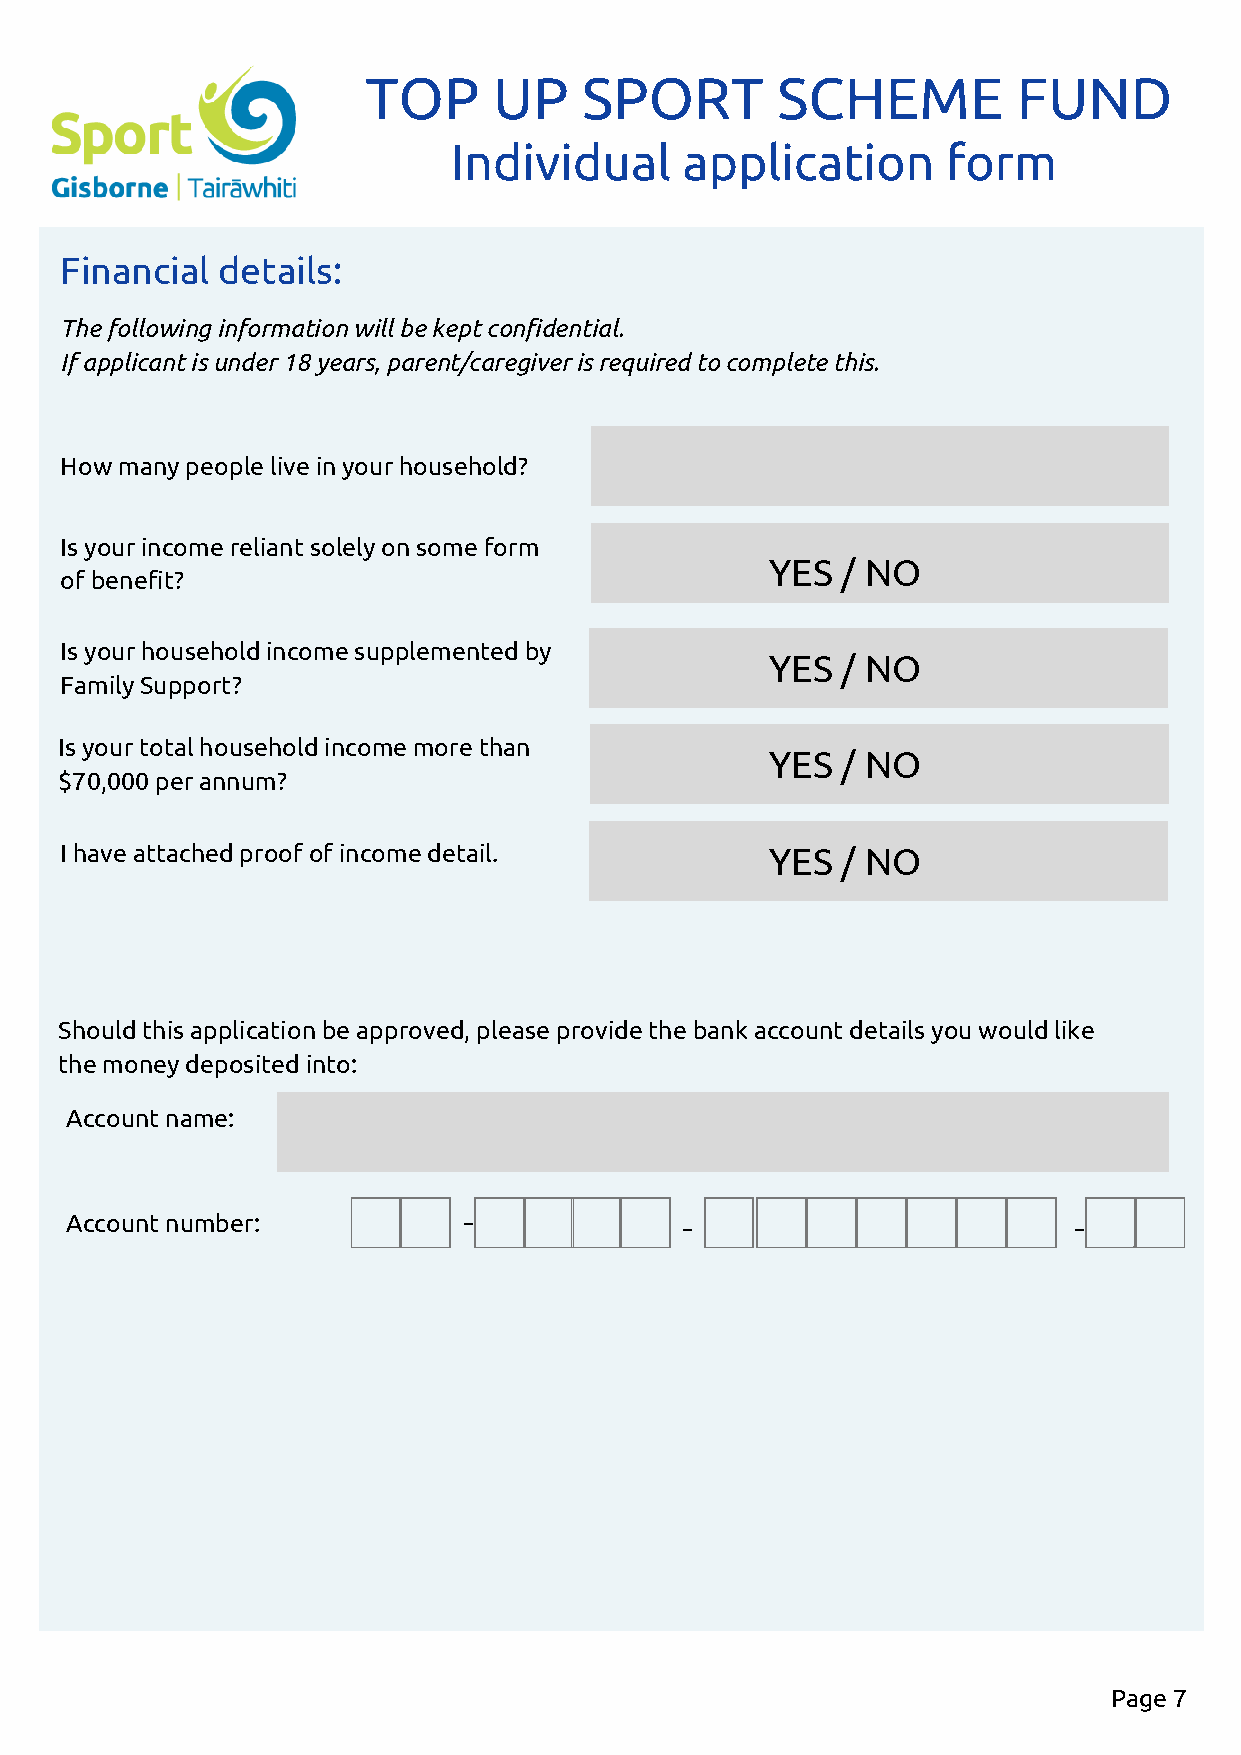
TOP      UP    SPORT       SCHEME          FUND
 Individual     application       form
 Financial details:
 The following information will be kept confidential.
 If applicant is under 18 years, parent/caregiver is required to complete this.
 How many people live in your household?
 Is your income reliant solely on some form
 YES  / NO
 of benefit?
 Is your household income supplemented by
 YES  / NO
 Family Support?
 Is your total household income more than
 YES  / NO
 $70,000 per annum?
 I have attached proof of income detail.        YES  / NO
 Should this application be approved, please provide the bank account details you would like
 the money deposited into:
 Account name:
 Account number:            -             -                         -
 Page 7